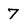
Character: 7